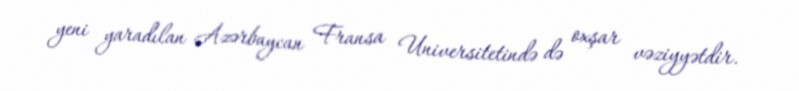
yeni yaradılan Azərbaycan Fransa Universitetində də oxşar vəziyyətdir.